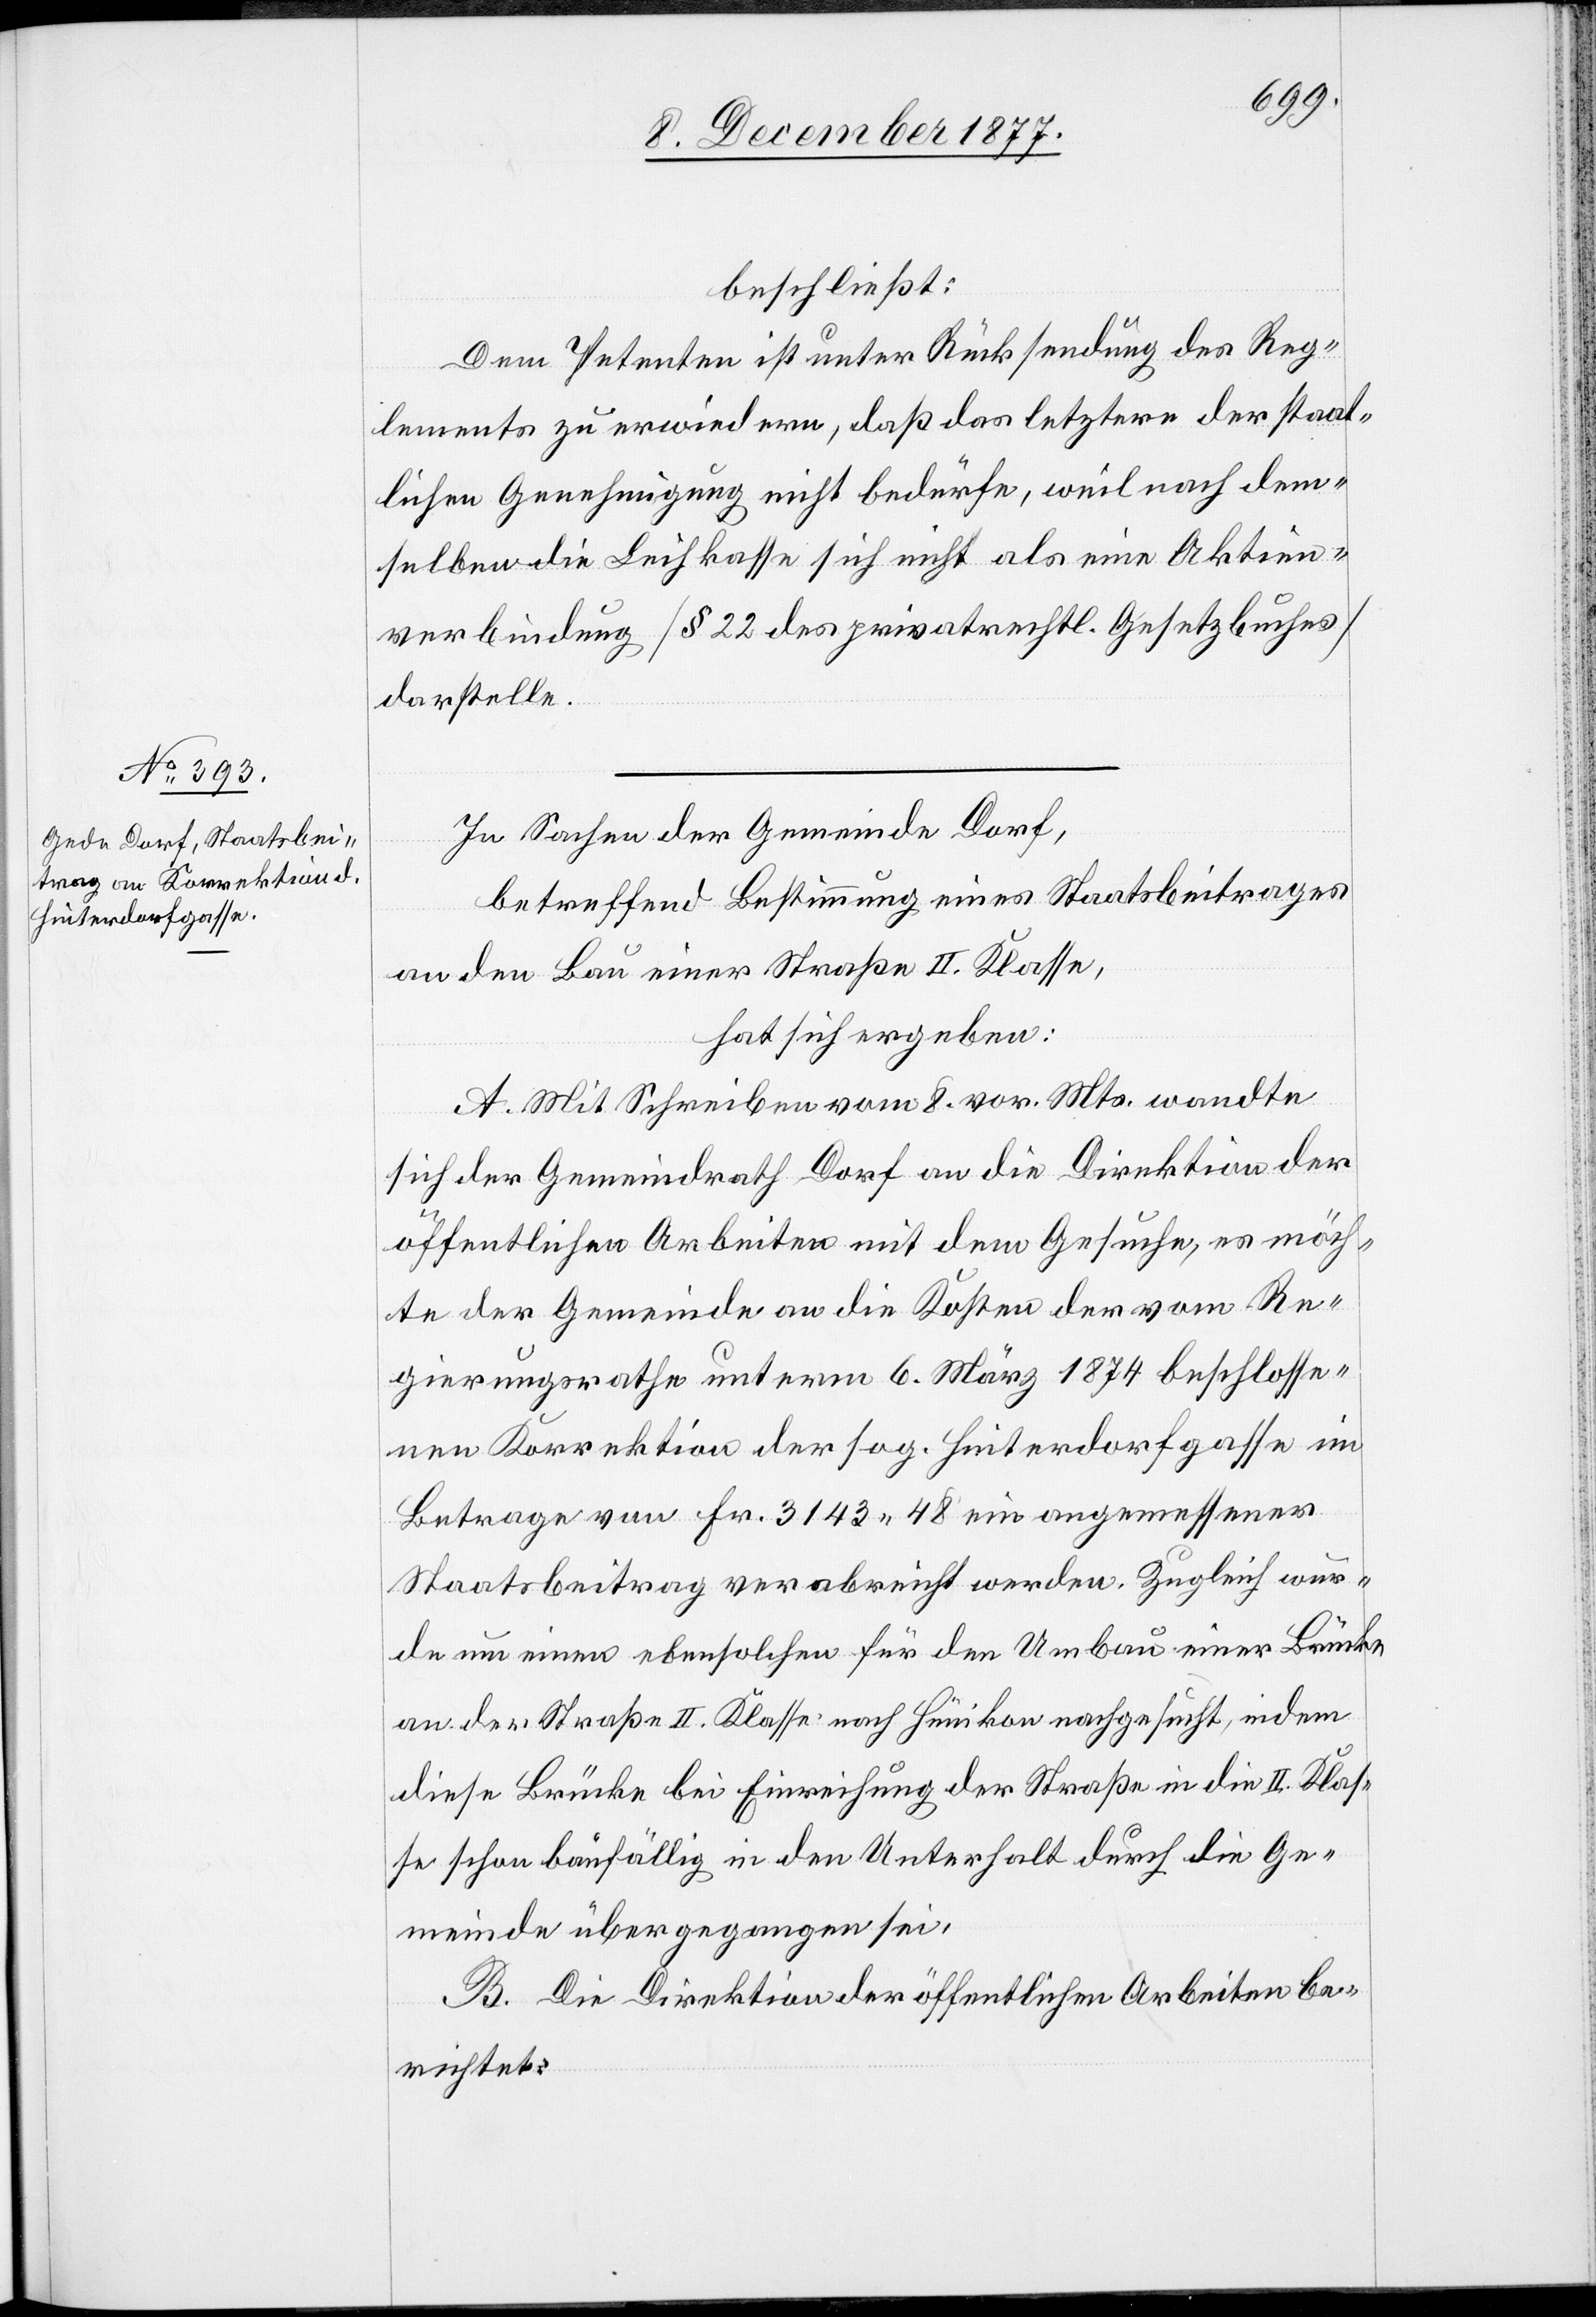
beschließt:
Dem Petenten ist unter Rücksendung des Reg¬
lements zu erwiedern, daß das letztere der staat¬
lichen Genehmigung nicht bedürfe, weil nach dem¬
selben die Leihkasse sich nicht als eine Aktien¬
verbindung [§ 22 des privatrechtl. Gesetzbuches]
darstelle.
In Sachen der Gemeinde Dorf,
betreffend Bestimmung eines Staatsbeitrages
an den Bau einer Straße II. Klasse,
hat sich ergeben:
A. Mit Schreiben vom 8. vor. Mts. wandte
sich der Gemeindrath Dorf an die Direktion der
öffentlichen Arbeiten mit dem Gesuche, es möch¬
te der Gemeinde an die Kosten der vom Re¬
gierungsrathe unterm 6. März 1874 beschlosse¬
nen Korrektion der sog. Hinterdorfgasse im
Betrage von Fr. 3143 48 ein angemessener
Staatsbeitrag verabreicht werden. Zugleich wur¬
de um einen ebensolchen für den Umbau einer Brücke
an der Straße II. Klasse nach Hünikon nachgesucht, indem
diese Brücke bei Einreihung der Straße in die II. Klas¬
se schon baufällig in den Unterhalt durch die Ge¬
meinde übergegangen sei.
B. Die Direktion der öffentlichen Arbeiten be¬
richtet: